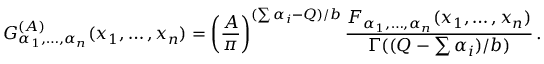
{ \cal G } _ { \alpha _ { 1 } , \ldots , \alpha _ { n } } ^ { ( A ) } ( x _ { 1 } , \ldots , x _ { n } ) = \left( { \frac { A } { \pi } } \right) ^ { ( \sum \alpha _ { i } - Q ) / b } { \frac { F _ { \alpha _ { 1 } , \ldots , \alpha _ { n } } ( x _ { 1 } , \ldots , x _ { n } ) } { \Gamma ( ( Q - \sum \alpha _ { i } ) / b ) } } \, .